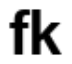
fk